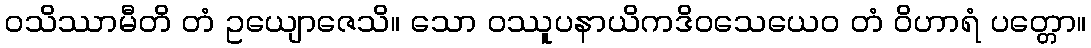
ဝသိဿာမီတိ တံ ဥယျောဇေသိ။ သော ဝဿူပနာယိကဒိဝသေယေဝ တံ ဝိဟာရံ ပတ္တော။